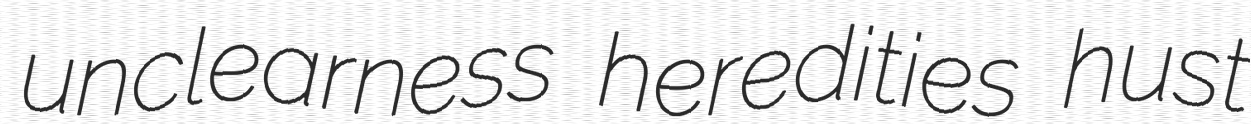
unclearness heredities hust